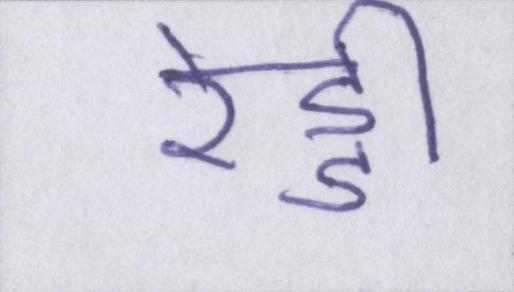
रेड्डी